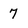
Character: 7